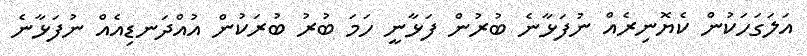
އަލަގަހަކުން ކެޔޮނިރެއް ނުފަޅާނެ ބުރުން ފަޅާނީ ހަމަ ބުރު ބުރަކުން އުއްދަނޑިއެއް ނުފަޅާނެ